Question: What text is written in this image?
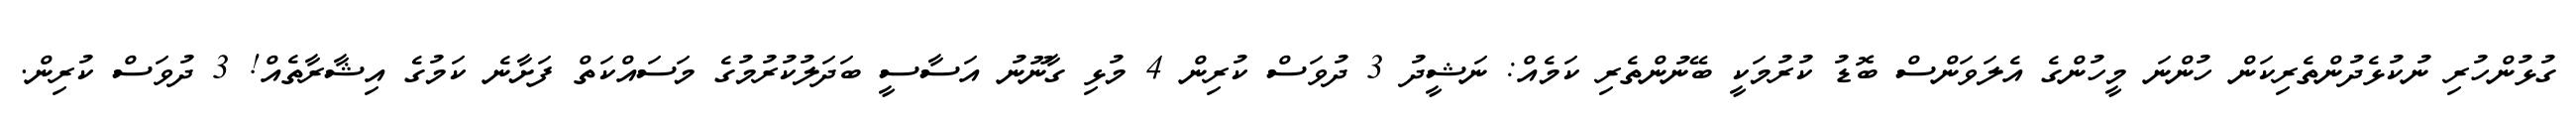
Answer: ގުޅުންހުރި ނުކުޅެދުންތެރިކަން ހުންނަ މީހުންގެ އެލަވަންސް ބޮޑު ކުރުމަކީ ބޭނުންތެރި ކަމެއް: ނަޝީދު 3 ދުވަސް ކުރިން 4 މުޅި ގާނޫނު އަސާސީ ބަދަލުކުރުމުގެ މަސައްކަތް ފަށާނެ ކަމުގެ އިޝާރާތެއް! 3 ދުވަސް ކުރިން.